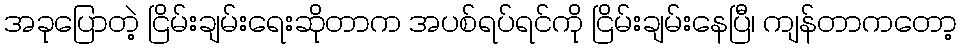
အခုပြောတဲ့ ငြိမ်းချမ်းရေးဆိုတာက အပစ်ရပ်ရင်ကို ငြိမ်းချမ်းနေပြီ၊ ကျန်တာကတော့